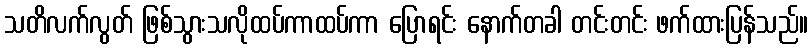
သတိလက်လွတ် ဖြစ်သွားသလိုထပ်ကာထပ်ကာ ပြောရင်း နောက်တခါ တင်းတင်း ဖက်ထားပြန်သည်။